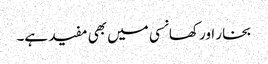
بخار اور کھانسی میں بھی مفید ہے۔